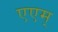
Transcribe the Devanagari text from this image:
एएम्